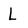
Character: L